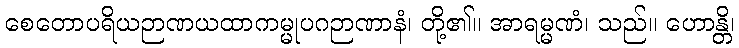
စေတောပရိယဉာဏယထာကမ္မုပဂဉာဏာနံ၊ တို့၏။ အာရမ္မဏံ၊ သည်။ ဟောန္တိ၊